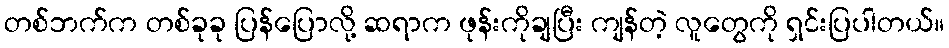
တစ်ဘက်က တစ်ခုခု ပြန်ပြောလို့ ဆရာက ဖုန်းကိုချပြီး ကျန်တဲ့ လူတွေကို ရှင်းပြပါတယ်။